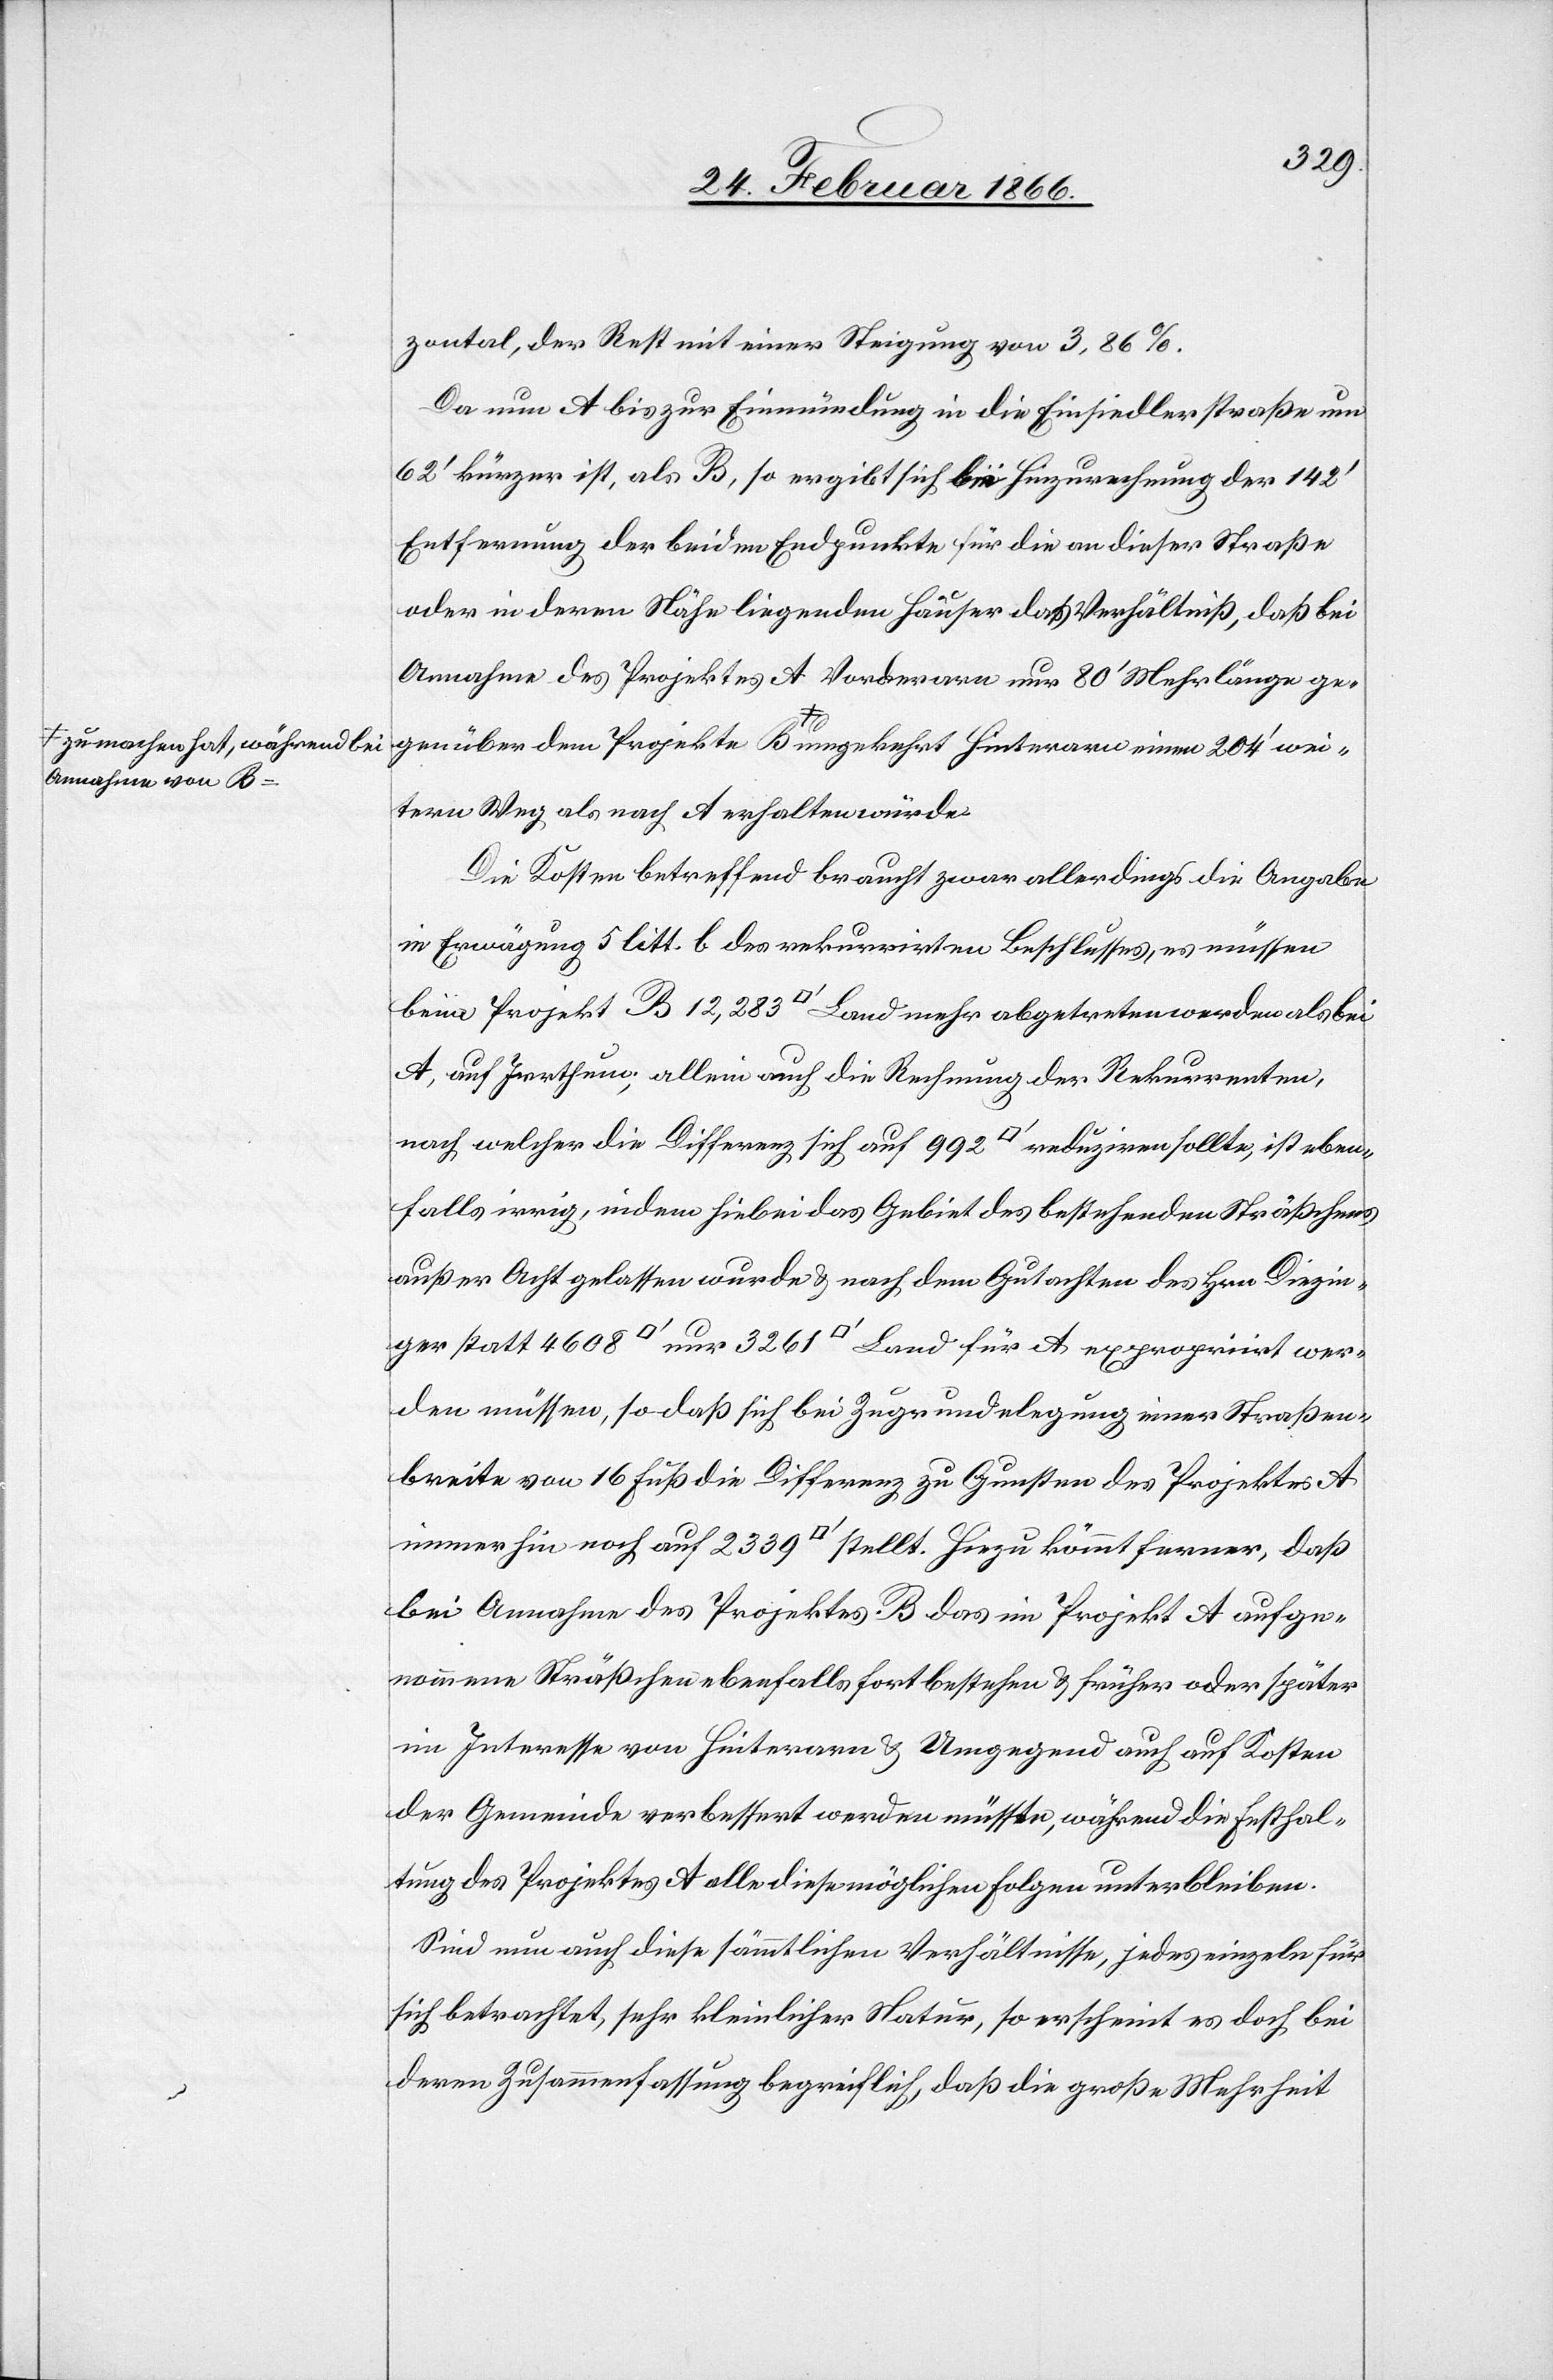
a-zu machen hat, während bei
Annahme von B-a

genüber
zontal, der Rest mit einer Steigung von 3,86%.
Da nun A bis zur Einmündung in die Einsiedler Straße um
62‘ kürzer ist, als B, so ergibt sich bei Hinzurechnung der 142‘
Entfernung der beiden Endpunkte für die an dieser Straße
oder in deren Höhe liegenden Häuser das Verhältniß, daß bei
Annahme des Projektes A Vorderarn nur 80‘ Mehrlänge ge¬
weitern Weg als nach A erhalten würde.
Die Kosten betreffend braucht [recte: beruht] zwar allerdings die Angabe
in Erwägung 5 litt. b des rekurrirten Beschlusses, es müssen
beim Projekt B 12 283 [Quadratfuß] Land mehr abgetreten werden als bei
A, auf Irrthum, allein auch die Rechnung der Rekurrenten,
nach welcher die Differenz sich auf 992 [Quadratfuß] reduziren soll, ist eben¬
falls irrig, indem hiebei das Gebiet des bestehenden Sträßchens
außer Acht gelassen wurde u. nach dem Gutachten des Hrn Diegin¬
ger statt 4608 [Quadratfuß] nur 3261 [Quadratfuß] Land für A expropriirt wer¬
den müssen, so daß sich bei Zugrundelegung einer Straßen¬
breite von 16 Fuß die Differenz zu Gunsten des Projektes A
immerhin noch auf 2339 [Quadratfuß] stellt. Hiezu kommt ferner, daß
bei Annahme des Projektes B das im Projekt A aufge¬
nommene Sträßchen ebenfalls fortbestehen u. früher oder später
im Interesse von Hinterarn u. Umgegend auch auf Kosten
der Gemeinde verbessert werden müsste, während die Erstel¬
lung des Projektes A alle diese möglichen Folgen unterbleiben.
Sind nun auch diese sämmtlichen Verhältnisse, jedes einzelne für
sich betrachtet, sehr kleinlicher Natur, so erscheint es doch bei
deren Zusammenfassung begreiflich, daß die große Mehrheit